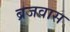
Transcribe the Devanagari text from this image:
ब्रजवास